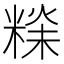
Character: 𥻕